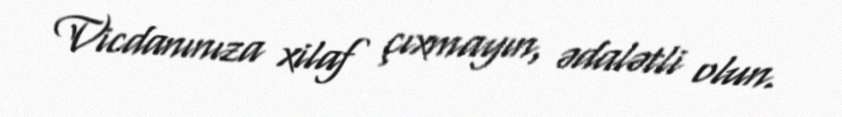
Vicdanınıza xilaf çıxmayın, ədalətli olun.